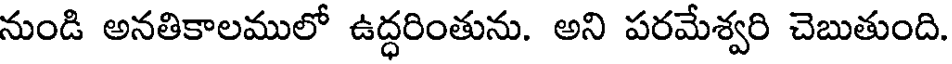
నుండి అనతికాలములో ఉద్ధరింతును. అని పరమేశ్వరి చెబుతుంది.